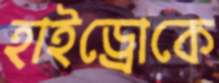
হাইড্রোকে